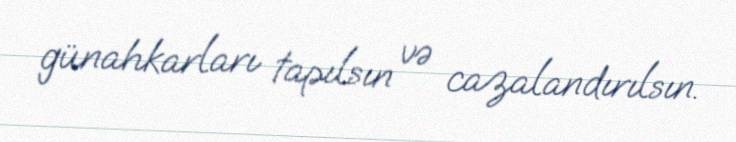
günahkarları tapılsın və cazalandırılsın.